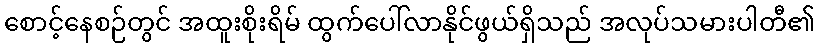
စောင့်နေစဉ်တွင် အထူးစိုးရိမ် ထွက်ပေါ်လာနိုင်ဖွယ်ရှိသည် အလုပ်သမားပါတီ၏